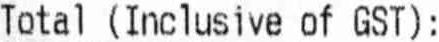
TOTAL (INCLUSIVE OF GST) :